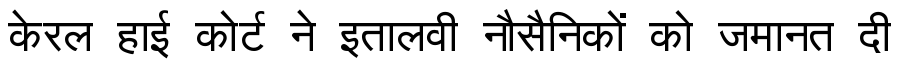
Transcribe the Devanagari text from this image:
केरल हाई कोर्ट ने इतालवी नौसैनिकों को जमानत दी